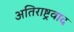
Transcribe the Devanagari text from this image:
अतिराष्ट्रवाद